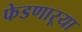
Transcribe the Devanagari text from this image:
फेडणाऱ्या